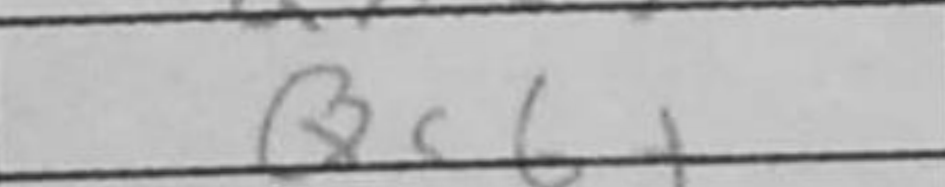
Transcription: Qc6+